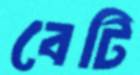
বেটি